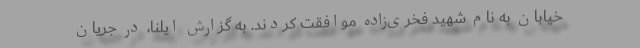
خیابان به نام شهید فخری‌زاده موافقت کردند. به گزارش ایلنا، در جریان